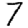
Digit: 7